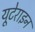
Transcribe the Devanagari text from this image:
यूटेराइन